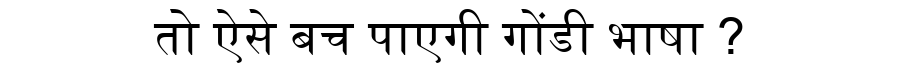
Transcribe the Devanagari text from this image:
तो ऐसे बच पाएगी गोंडी भाषा ?